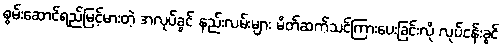
စွမ်းဆောင်ရည်မြင့်မားတဲ့ အလုပ်ခွင် နည်းလမ်းများ မိတ်ဆက်သင်ကြားပေးခြင်းလို လုပ်ငန်းခွင်